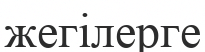
жегілерге